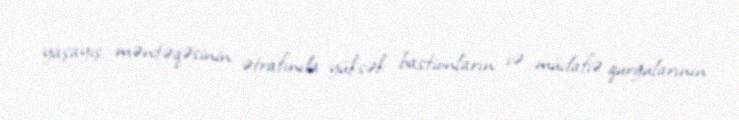
yaşayış məntəqəsinin ətrafında yüksək bastionların və müdafiə qurğularının